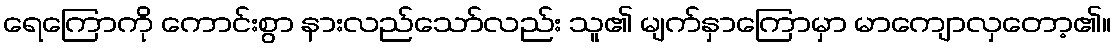
ရေကြောကို ကောင်းစွာ နားလည်သော်လည်း သူ၏ မျက်နှာကြောမှာ မာကျောလှတော့၏။